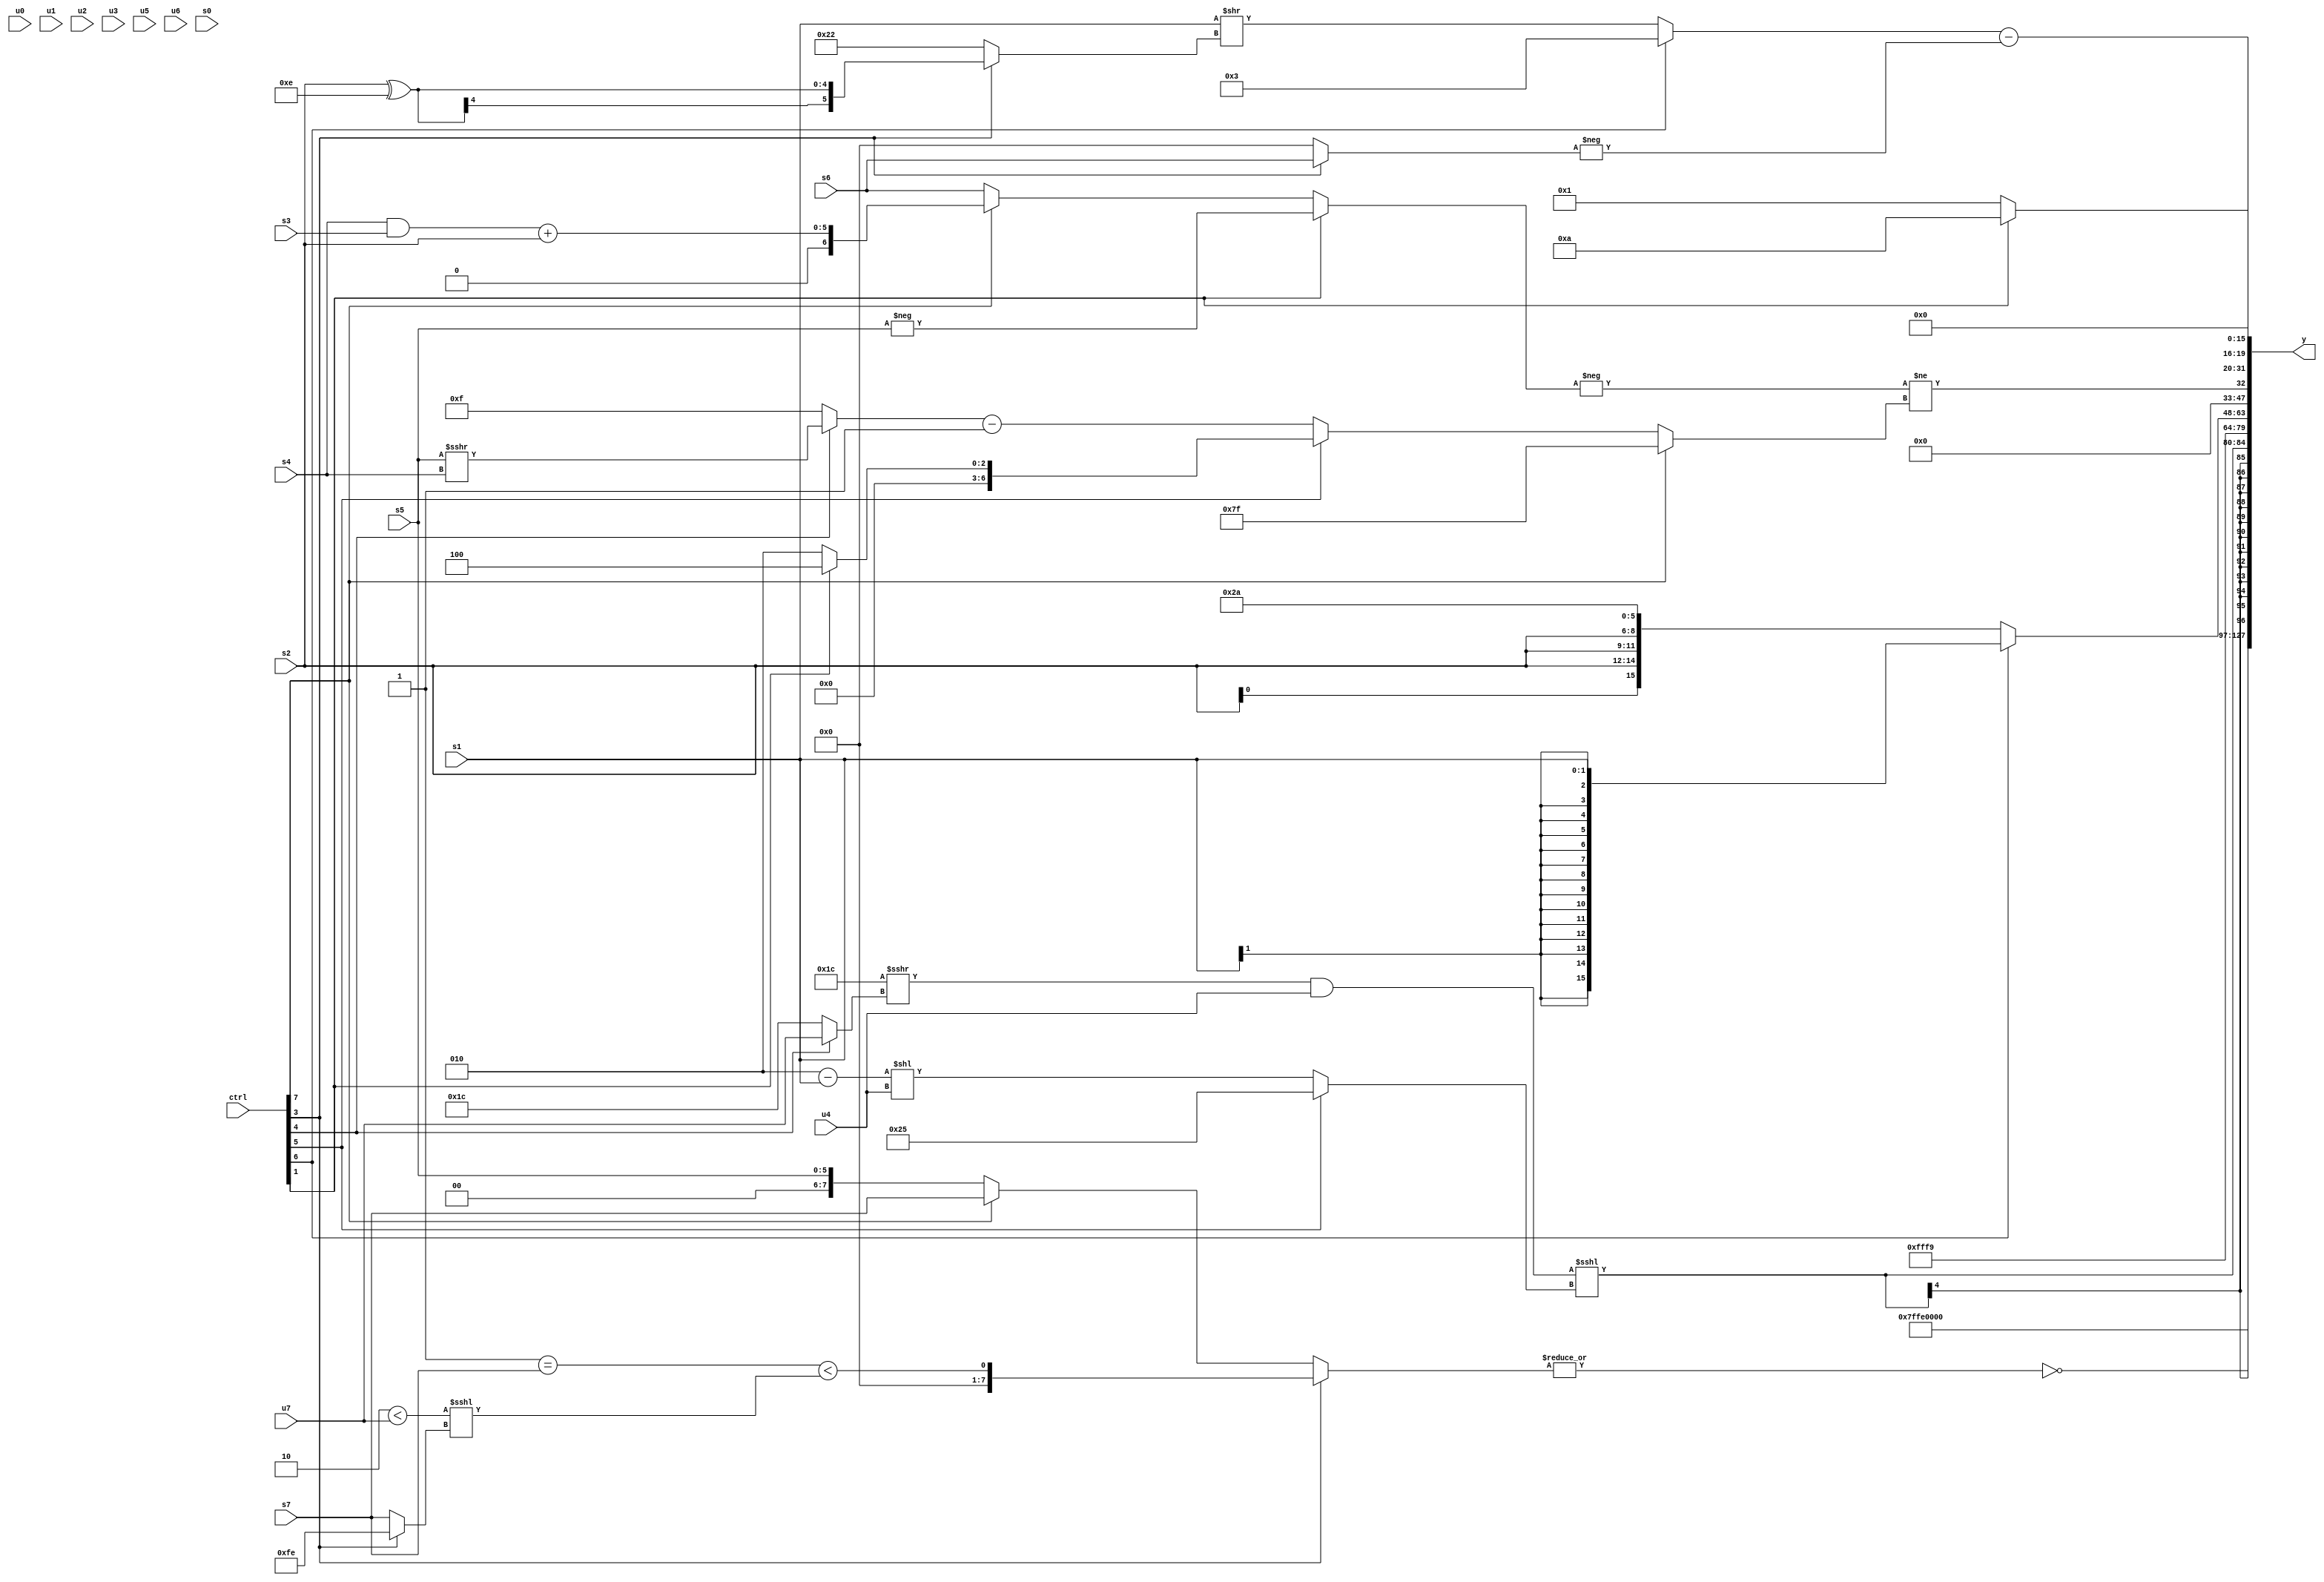
module wideexpr_00590(ctrl, u0, u1, u2, u3, u4, u5, u6, u7, s0, s1, s2, s3, s4, s5, s6, s7, y);
  input [7:0] ctrl;
  input [0:0] u0;
  input [1:0] u1;
  input [2:0] u2;
  input [3:0] u3;
  input [4:0] u4;
  input [5:0] u5;
  input [6:0] u6;
  input [7:0] u7;
  input signed [0:0] s0;
  input signed [1:0] s1;
  input signed [2:0] s2;
  input signed [3:0] s3;
  input signed [4:0] s4;
  input signed [5:0] s5;
  input signed [6:0] s6;
  input signed [7:0] s7;
  output [127:0] y;
  wire [15:0] y0;
  wire [15:0] y1;
  wire [15:0] y2;
  wire [15:0] y3;
  wire [15:0] y4;
  wire [15:0] y5;
  wire [15:0] y6;
  wire [15:0] y7;
  assign y = {y0,y1,y2,y3,y4,y5,y6,y7};
  assign y0 = ({1{{2{3'b001}}}})^~(4'b1010);
  assign y1 = ~|((ctrl[3]?($unsigned($unsigned((2'sb11)==(s7))))<((((2'b10)<(u7))<<<(1'sb0))<<<((ctrl[3]?-(4'sb0010):s7))):(ctrl[3]?$signed({(ctrl[0]?u4:6'b111001),2'sb11}):((ctrl[7]?+(s7):{1{s5}}))>>($unsigned((u0)<<(4'sb0111))))));
  assign y2 = $signed((((~(3'b011))>>>((ctrl[4]?+(u7):+(5'b11100))))&(u4))<<<($signed((ctrl[5]?$signed((3'sb010)^(6'sb100111)):((3'sb010)-(s1))<<($signed(u4))))));
  assign y3 = 4'sb1001;
  assign y4 = (ctrl[6]?s1:$signed({(({(ctrl[3]?s0:u3),{s1}})<<((4'sb0101)^(s4)))|(-(((4'sb0100)>>>(u5))^({1{5'sb01000}}))),{4{s2}},{3{2'sb10}}}));
  assign y5 = (-((ctrl[1]?-((ctrl[5]?s5:s5)):(ctrl[7]?((s4)&(s3))+($signed(s2)):s6))))!=((ctrl[7]?(ctrl[7]?-(1'b1):s2):(ctrl[5]?(+((ctrl[1]?3'sb100:3'b010)))<<({2{(3'sb011)<=(4'sb0001)}}):((ctrl[4]?(s5)>>>(s4):(5'sb11111)>>(1'sb1)))-($signed(1'sb1)))));
  assign y6 = $signed((ctrl[1]?5'sb01010:$signed($unsigned($unsigned(2'b01)))));
  assign y7 = ((ctrl[6]?$signed($signed(4'sb0011)):(s1)>>((ctrl[3]?(s2)^(5'sb01110):(6'sb100010)^(1'sb0)))))-($signed({1{-((ctrl[3]?s6:1'sb0))}}));
endmodule